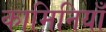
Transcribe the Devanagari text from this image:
कामिनियाँ